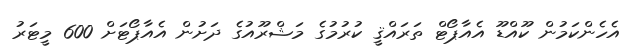
އެހެންކަމުން ކޫއްޑޫ އެއާޕޯޓް ތަރައްޤީ ކުރުމުގެ މަޝްރޫއުގެ ދަށުން އެއާޕޯޓަށް 600 މީޓަރު